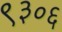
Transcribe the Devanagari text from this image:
९३०६